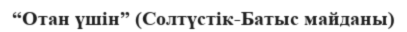
“Отан үшін” (Солтүстік-Батыс майданы)